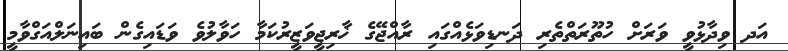
އަދ ވިދާޅުވީ ވަރަށް ހުތޫރަތްތެރި ދަނޑިވަޅެއްގައި ރާއްޖޭގެ ޚާރިޖީވަޒީރުކަމާ ހަވާލުވެ ވަޑައިގެން ބައިނަލްއަގްވާމީ